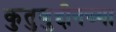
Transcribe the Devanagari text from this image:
कुतुबुद्दीनच्या